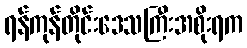
ရန်ကုန်တိုင်းဒေသကြီးအစိုးရက